Punjab Mental Hospital Lahore 1932-46 - 1932-1946
Year: 1932
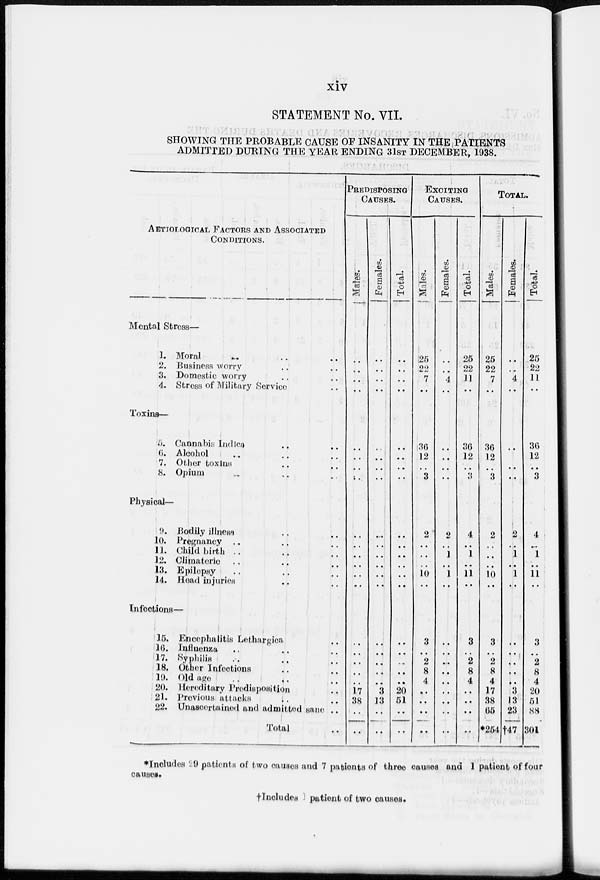
xiv
STATEMENT No. VII.
SHOWING THE PROBABLE CAUSE OF INSANITY IN THE PATIENTS
ADMITTED DURING THE YEAR ENDING 31ST DECEMBER, 1938.
AETIOLOGICAL FACTORS AND ASSOCIATED
CONDITIONS.
Mental Stress—
1.
2.
3.
4.
Moral .. .. ..
Business worry .. ..
Domestic worry .. ..
Stress of Military Service ..
Toxins—
5.
6.
7.
8.
Cannabis Indica .. ..
Alcohol .. .. ..
Other toxins .. ..
Opium .. .. ..
Physical—
9.
10.
11.
12.
13.
14.
Bodily illness .. ..
Pregnancy .. .. ..
Child birth .. .. ..
Climateric .. .. ..
Epilepsy .. .. ..
Head injuries .. ..
Infections—
15.
16.
17.
18.
19.
20.
21.
22.
Encephalitis Lethargica ..
Influenza .. .. ..
Syphilis .. .. ..
Other Infections .. ..
Old age .. .. ..
Hereditary Predisposition ..
Previous attacks .. ..
Unascertained and admitted sane ..
Total ..
PREDISPOSING
CAUSES.
Males.
..
..
..
..
..
..
..
..
..
..
..
..
..
..
..
..
..
..
..
17
38
..
..
Females.
..
..
..
..
..
..
..
..
..
..
..
..
..
..
..
..
..
..
..
3
13
..
..
Total.
..
..
..
..
..
..
..
..
..
..
..
..
..
..
..
..
..
..
..
20
51
..
..
EXCITING
CAUSES.
Males.
25
22
7
..
36
12
..
3
2
..
..
..
10
..
3
..
2
8
4
..
..
..
..
Females.
..
..
4
..
..
..
..
..
2
..
1
..
1
..
..
..
..
..
..
..
..
..
..
Total.
25
22
11
..
36
12
..
3
4
..
1
..
11
..
3
..
2
8
4
..
..
..
..
TOTAL.
Males.
25
22
7
..
36
12
..
3
2
..
..
..
10
..
3
..
2
8
4
17
38
65
*254
Females.
..
..
4
..
..
..
..
..
2
..
1
..
1
..
..
..
..
..
..
3
13
23
†47
Total.
25
22
11
..
36
12
..
3
4
..
1
..
11
..
3
..
2
8
4
20
51
88
301
*Includes 9 patients of two causes and 7 patients of three causes and 1 patient of four
causes.
†Includes patient of two causes.